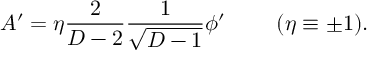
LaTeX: A ^ { \prime } = \eta { \frac { 2 } { D - 2 } } { \frac { 1 } { \sqrt { D - 1 } } } \phi ^ { \prime } \ \ \ \ \ \ \ ( \eta \equiv \pm 1 ) .